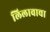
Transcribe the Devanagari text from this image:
लिलावाचा